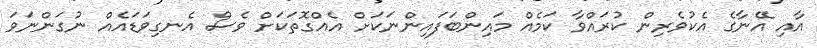
އާއި އޭނާގެ އެކުވެރިން ކުރައްވާ ކަމެއް މައިންބަފައިންނަކަށް އެއްގޮތަކަށް ވެސް އެނގިވަޑައެއް ނުގަންނަވަ